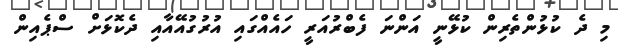
މި ދެ ކުޅުންތެރިން ކުޅޭނީ އަންނަ ފެބްރުއަރީ ހައެއްގައި އުރުގުއޭއާއި ދެކޮޅަށް ސްޕެއިން